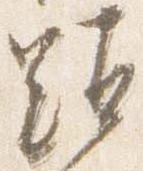
顕